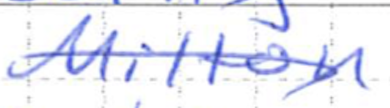
Text: Milton
Cross-out: diagonal
Writing tool: ballpoint